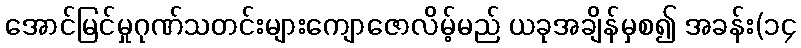
အောင်မြင်မှုဂုဏ်သတင်းများကျောဇောလိမ့်မည် ယခုအချိန်မှစ၍ အခန်း(၁၄